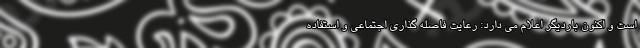
است و اکنون باردیگر اعلام می دارد: رعایت فاصله گذاری اجتماعی و استفاده